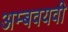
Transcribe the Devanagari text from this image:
अम्बवयवी